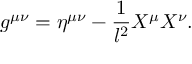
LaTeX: g ^ { \mu \nu } = \eta ^ { \mu \nu } - \frac { 1 } { l ^ { 2 } } X ^ { \mu } X ^ { \nu } .